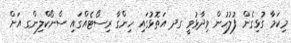
މިކަމާ ގުޅިގެން ފުލުހުން ވިދާޅުވީ ގދ އަތޮޅުގައި ހިންގާ ރިސޯޓެއްގައި ސްނޯކްލިންގ އަށް